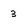
Character: 3